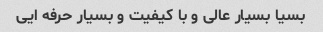
بسیا بسیار عالی و با کیفیت و بسیار حرفه ایی